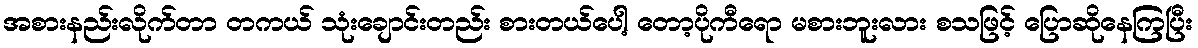
အစားနည်းလိုက်တာ တကယ် သုံးချောင်းတည်း စားတယ်ပေါ့ တော့ပိုကီရော မစားဘူးလား စသဖြင့် ပြောဆိုနေကြပြီး